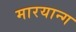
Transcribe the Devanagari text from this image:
मारयान्ग